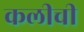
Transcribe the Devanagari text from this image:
कलीची